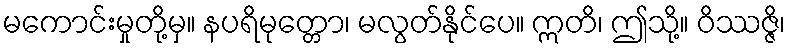
မကောင်းမှုတို့မှ။ နပရိမုတ္တော၊ မလွတ်နိုင်ပေ။ ဣတိ၊ ဤသို့။ ဝိဿဇ္ဇိ၊